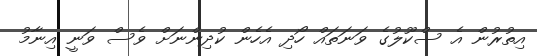
އިތުރުން އެ ސްކޫލުގެ ވަނަތައް ހޯދި އެހެން ކުދިންނަށް ވެސް ވަނީ އިނާމު